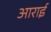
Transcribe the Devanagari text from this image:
आराई